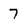
Character: 7